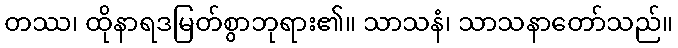
တဿ၊ ထိုနာရဒမြတ်စွာဘုရား၏။ သာသနံ၊ သာသနာတော်သည်။